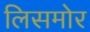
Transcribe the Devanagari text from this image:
लिसमोर